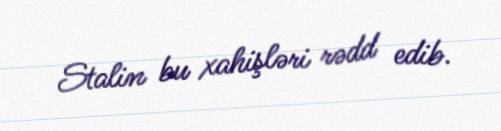
Stalin bu xahişləri rədd edib.